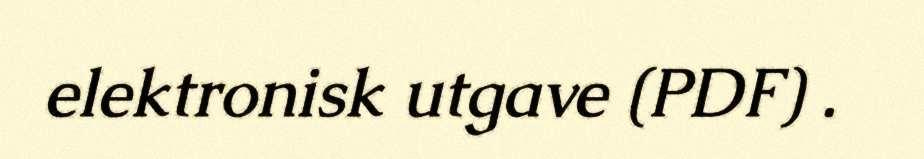
elektronisk utgave (PDF) .